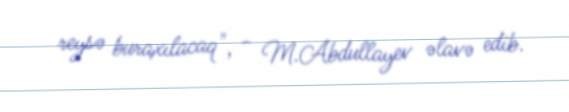
reysə buraxılacaq", - M.Abdullayev əlavə edib.